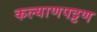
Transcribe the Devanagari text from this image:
कल्याणपट्टण